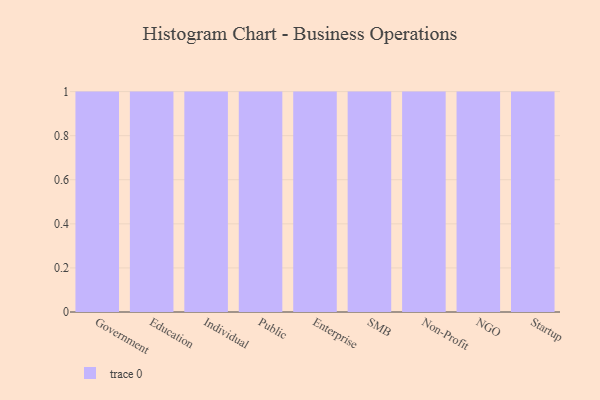
{"axis": {"x": "Segment", "y": "Net Income (USD K)"}, "legend": [""], "data": [{"x": "Government", "y": 5, "type": ""}, {"x": "Education", "y": 1, "type": ""}, {"x": "Individual", "y": 54, "type": ""}, {"x": "Public", "y": 95, "type": ""}, {"x": "Enterprise", "y": 17, "type": ""}, {"x": "SMB", "y": 78, "type": ""}, {"x": "Non-Profit", "y": 90, "type": ""}, {"x": "NGO", "y": 70, "type": ""}, {"x": "Startup", "y": 49, "type": ""}]}